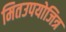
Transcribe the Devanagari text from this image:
मितउपयोजित्र